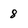
Character: 8